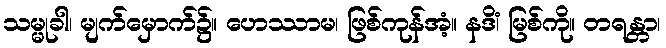
သမ္မုခါ၊ မျက်မှောက်၌။ ဟေဿာမ၊ ဖြစ်ကုန်အံ့။ နဒိံ၊ မြစ်ကို။ တရန္တာ၊